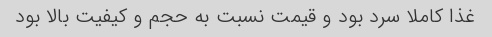
غذا کاملا سرد بود و قیمت نسبت به حجم و کیفیت بالا بود